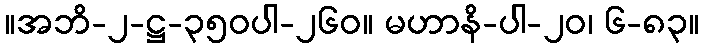
။အဘိ-၂-ဋ္ဌ-၃၅၀ပါ-၂၆၀။ မဟာနိ-ပါ-၂၀၊ ၆-၈၃။